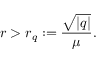
r > r _ { q } : = \frac { \sqrt { | q | } } { \mu } .